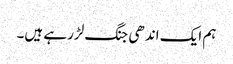
ہم ایک اندھی جنگ لڑرہے ہیں۔